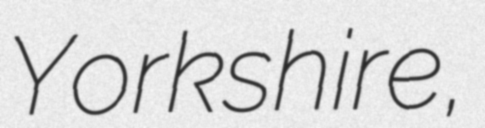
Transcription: Yorkshire,